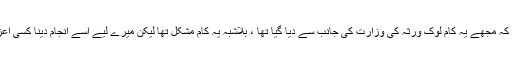
حنیف اللہ کا کہنا تھا کہ مجھے یہ کام لوک ورثہ کی وزارت کی جانب سے دیا گیا تھا ، بلاشُبہ یہ کام مشکل تھا لیکن میرے لیے اسے انجام دینا کسی اعزاز سے کم نہیں ہے۔